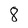
Character: 8